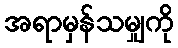
အရာမှန်သမျှကို